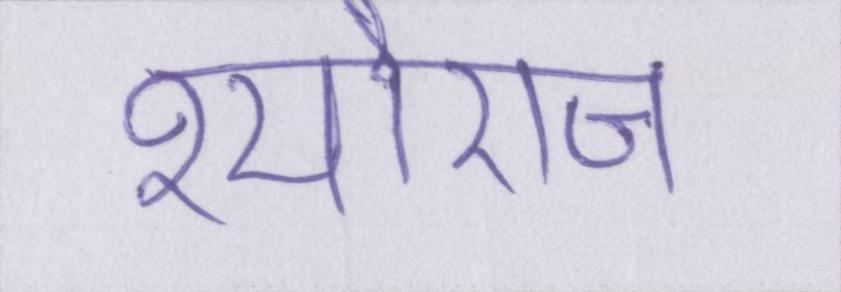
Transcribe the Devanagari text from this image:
श्यौराज